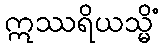
ဣဿရိယသ္မိံ